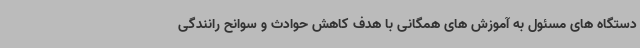
دستگاه های مسئول به آموزش های همگانی با هدف کاهش حوادث و سوانح رانندگی